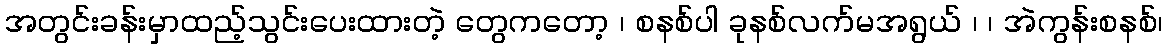
အတွင်းခန်းမှာထည့်သွင်းပေးထားတဲ့ တွေကတော့ ၊ စနစ်ပါ ခုနစ်လက်မအရွယ် ၊ ၊ အဲကွန်းစနစ်၊